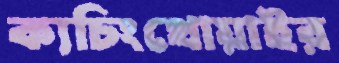
ক্যচিংথোয়াইর